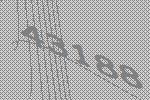
43188